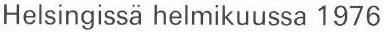
Helsingissä helmikuussa 1976